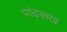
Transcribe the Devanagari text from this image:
पांढरूख